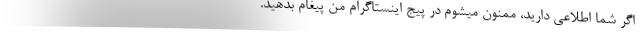
اگر شما اطلاعي داريد، ممنون ميشوم در پيج اينستاگرام من پيغام بدهيد.